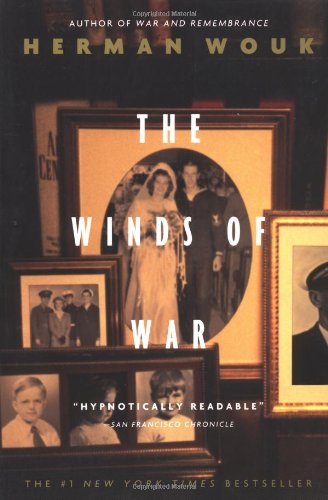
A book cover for The Winds of War; Herman Wouk; Literature & Fiction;